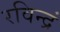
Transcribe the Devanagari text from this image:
रविन्द्रं